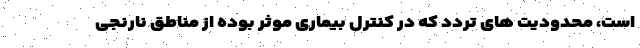
است، محدودیت های تردد که در کنترل بیماری موثر بوده از مناطق نارنجی